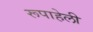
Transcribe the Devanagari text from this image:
रूपाहेली